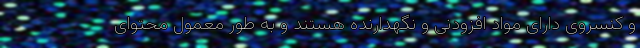
و کنسروی دارای مواد افزودنی و نگهدارنده هستند و به طور معمول محتوای